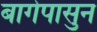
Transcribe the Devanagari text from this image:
बागेपासुन